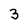
Character: 3